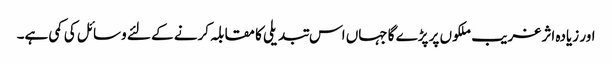
اور زیادہ اثر غریب ملکوں پر پڑے گا جہاں اس تبدیلی کا مقابلہ کرنے کے لئے وسائل کی کمی ہے۔